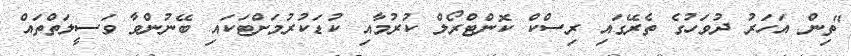
"ތިން އަހަރު ދުވަހުގެ ތެރޭގައި ރިސްކް ކޮންޓްރޯލް ކުރުމާއި ކުޑަކުރުމަށްޓަކައި ބޭނުންވާ ވަސީލަތްތައް